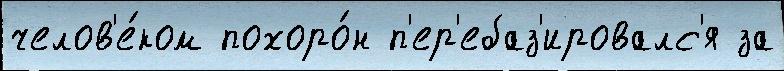
челов'е́ком похоро́н п'ер'ебаз'ировалс'я за